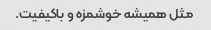
مثل همیشه خوشمزه و باکیفیت.